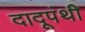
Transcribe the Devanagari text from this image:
दादूपंथी